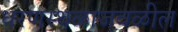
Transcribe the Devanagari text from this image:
धरणस्थळाजवळील